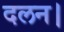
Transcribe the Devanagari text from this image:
दलन।